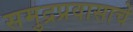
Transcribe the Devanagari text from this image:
समुद्रप्रवासाचे